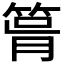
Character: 𥮪